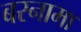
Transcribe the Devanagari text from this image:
बरनामा